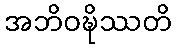
အဘိဝဍ္ဎိဿတိ